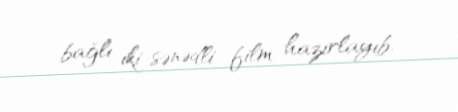
bağlı iki sənədli film hazırlayıb.